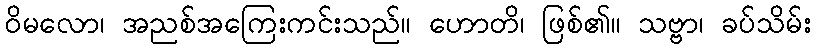
ဝိမလော၊ အညစ်အကြေးကင်းသည်။ ဟောတိ၊ ဖြစ်၏။ သဗ္ဗာ၊ ခပ်သိမ်း